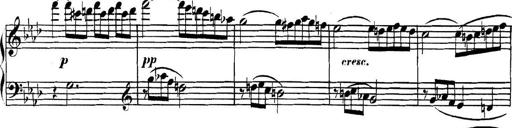
Title: Collected Piano Sonatas
Composer: Muzio Clementi